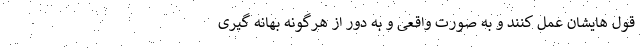
قول هایشان عمل کنند و به صورت واقعی و به دور از هرگونه بهانه گیری